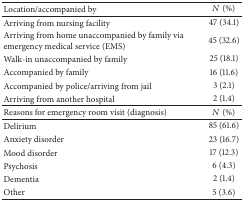
| Location/accompanied by | N (%) |
 | --- | --- |
 | Arriving from nursing facility | 47 (34.1) |
 | Arriving from home unaccompanied by family via emergency medical service (EMS) | 45 (32.6) |
 | Walk-in unaccompanied by family | 25 (18.1) |
 | Accompanied by family | 16 (11.6) |
 | Accompanied by police/arriving from jail | 3 (2.1) |
 | Arriving from another hospital | 2 (1.4) |
 | Reasons for emergency room visit (diagnosis) | N (%) |
 | Delirium | 85 (61.6) |
 | Anxiety disorder | 23 (16.7) |
 | Mood disorder | 17 (12.3) |
 | Psychosis | 6 (4.3) |
 | Dementia | 2 (1.4) |
 | Other | 5 (3.6) |